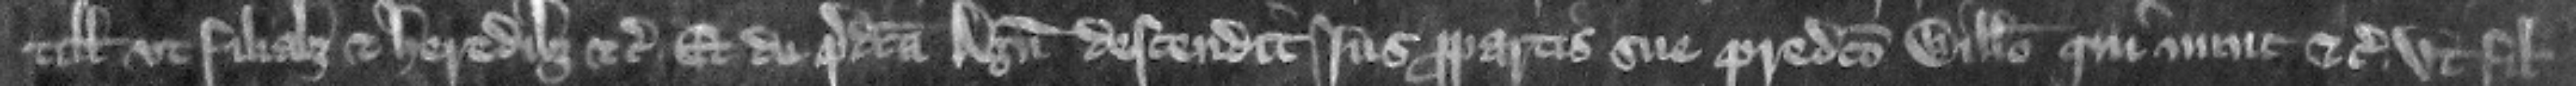
tillidi vt filiabus et heredibus etc. Et de predicta Agnete descendit ius propartis sue predicto Willelmo qui nunc etc. vt filio